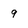
Character: 9